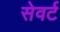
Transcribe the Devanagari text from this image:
सेवर्ट